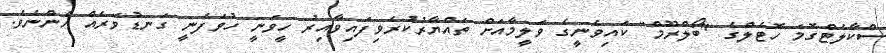
ސްކާލެޓްގޮމަ ހޮޓެލްގެ "ބޯލްރޫމް" ކައިވެނީގެ ވަލީމާއަށް ތައްޔާރުކުރެވިފައިވާއިރު ހީވަނީ ހުވަފެނީ ގަނޑުވަރެއް ހެންނެވެ.